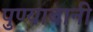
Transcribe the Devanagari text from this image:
पुण्याबानी